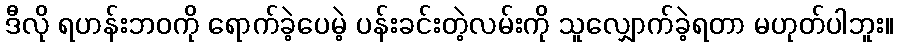
ဒီလို ရဟန်းဘဝကို ရောက်ခဲ့ပေမဲ့ ပန်းခင်းတဲ့လမ်းကို သူလျှောက်ခဲ့ရတာ မဟုတ်ပါဘူး။